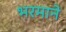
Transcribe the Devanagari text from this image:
भरमाने